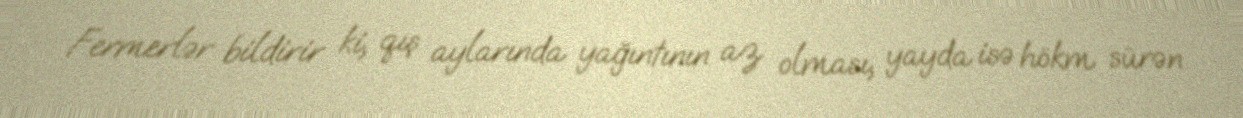
Fermerlər bildirir ki, qış aylarında yağıntının az olması, yayda isə hökm sürən